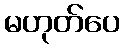
မဟုတ်ပေ